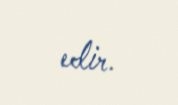
edir.